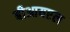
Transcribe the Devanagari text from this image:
बीआयएल